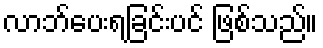
လာဘ်ပေးရခြင်းပင် ဖြစ်သည်။